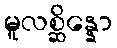
မူလစ္ဆိန္နော